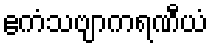
ဧကံသဗျာကရဏီယံ